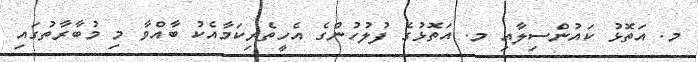
މ. އަތޮޅު ކައުންސިލާއި މ. އަތޮޅުގެ ފުލުހުންގެ އެހީތެރިކަމާއެކު ބާއްވާ މި މުބާރާތުގައި